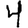
Digit: 4